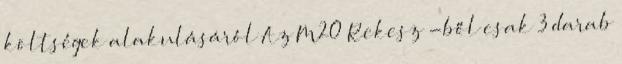
költségek alakulásáról Az M20 Rekesz -ből csak 3 darab